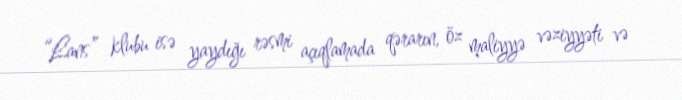
“Lans” klubu isə yaydığı rəsmi açıqlamada qərarın, öz maliyyə vəziyyəti və